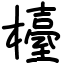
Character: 檯